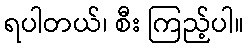
ရပါတယ်၊ စီး ကြည့်ပါ။